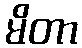
မိတာ